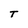
Character: T